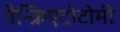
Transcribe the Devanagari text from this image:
पैन्क्रिएटोटोमी